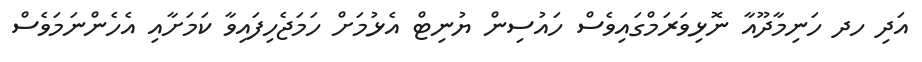
އަދި ހދ ހަނިމާދޫއާ ނޮޅިވަރަމްގައިވެސް ހައުސިން ޔުނިޓް އެޅުމަށް ހަމަޖެހިފައިވާ ކަމަށާއި އެހެންނަމަވެސް